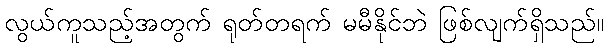
လွယ်ကူသည့်အတွက် ရုတ်တရက် မမီနိုင်ဘဲ ဖြစ်လျက်ရှိသည်။